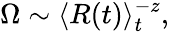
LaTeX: \begin{array}{r}{\Omega\sim\langle R(t)\rangle_{t}^{-z},}\end{array}